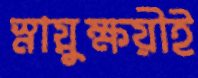
স্নায়ুক্ষয়ীই